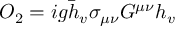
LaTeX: O _ { 2 } = i g \bar { h } _ { v } \sigma _ { \mu \nu } G ^ { \mu \nu } h _ { v }